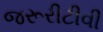
જરૂરીટીવી